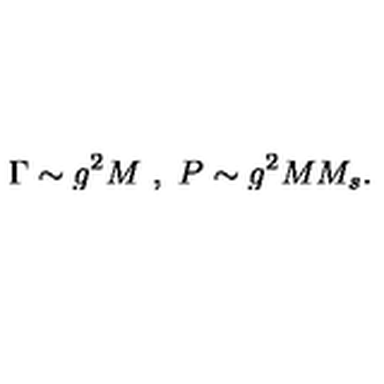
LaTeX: \Gamma \sim g ^ { 2 } M \ , \ P \sim g ^ { 2 } M M _ { s } .